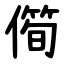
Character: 㒐